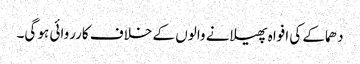
دھماکے کی افواہ پھیلانے والوں کے خلاف کارروائی ہو گی۔